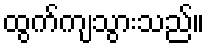
ထွက်ကျသွားသည်။